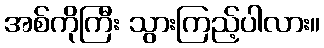
အစ်ကိုကြီး သွားကြည့်ပါလား။